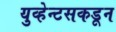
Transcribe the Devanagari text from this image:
युव्हेन्टसकडून